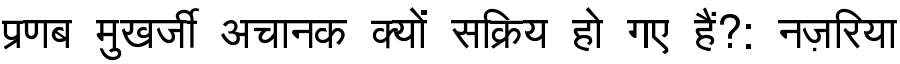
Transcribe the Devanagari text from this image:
प्रणब मुखर्जी अचानक क्यों सक्रिय हो गए हैं?: नज़रिया